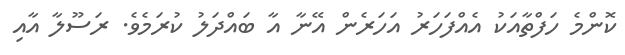
ކޮންމެ ހަފްތާއަކު އެއްފަހަރު އަހަރެން އޭނާ އާ ބައްދަލު ކުރަމެވެ. ރަސޫލާ އާއި